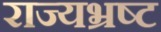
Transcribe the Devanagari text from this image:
राज्यभ्रष्ट